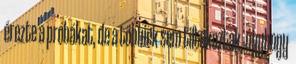
érezte a próbákat, de a többiek sem tiltakoztak, úgyhogy